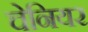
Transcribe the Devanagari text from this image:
चेनियर